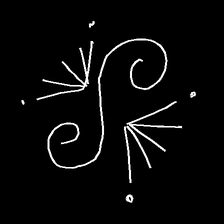
Glyph: aeroform